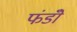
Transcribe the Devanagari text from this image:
फंडोँ